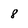
Character: 8